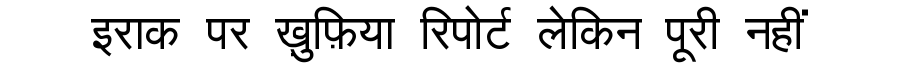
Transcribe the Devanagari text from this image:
इराक पर ख़ुफ़िया रिपोर्ट लेकिन पूरी नहीं